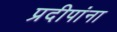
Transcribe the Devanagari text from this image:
प्रदीपांना